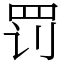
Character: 罚